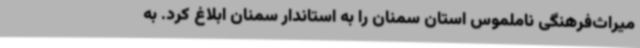
میراث‌فرهنگی ناملموس استان سمنان را به استاندار سمنان ابلاغ کرد. به‌